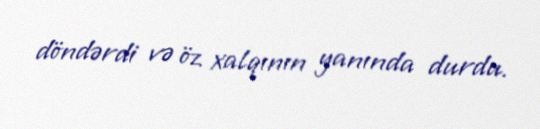
döndərdi və öz xalqının yanında durdu.